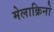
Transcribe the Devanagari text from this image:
मेलाक्रिनो